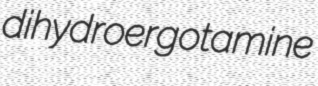
dihydroergotamine